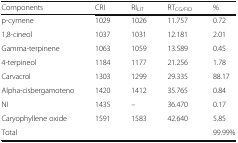
<table><thead><tr><td><b>Components</b></td><td><b>CRI</b></td><td><b>RI<sub>LIT</sub></b></td><td><b>RT<sub>CG/FID</sub></b></td><td><b>%</b></td></tr></thead><tbody><tr><td>p-cymene</td><td>1029</td><td>1026</td><td>11.757</td><td>0.72</td></tr><tr><td>1,8-cineol</td><td>1037</td><td>1031</td><td>12.181</td><td>2.01</td></tr><tr><td>Gamma-terpinene</td><td>1063</td><td>1059</td><td>13.589</td><td>0.45</td></tr><tr><td>4-terpineol</td><td>1184</td><td>1177</td><td>21.256</td><td>1.78</td></tr><tr><td>Carvacrol</td><td>1303</td><td>1299</td><td>29.335</td><td>88.17</td></tr><tr><td>Alpha-cisbergamoteno</td><td>1420</td><td>1412</td><td>35.765</td><td>0.84</td></tr><tr><td>NI</td><td>1435</td><td>–</td><td>36.470</td><td>0.17</td></tr><tr><td>Caryophyllene oxide</td><td>1591</td><td>1583</td><td>42.640</td><td>5.85</td></tr><tr><td>Total</td><td></td><td></td><td></td><td>99.99%</td></tr></tbody></table>